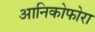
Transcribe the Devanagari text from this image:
आनिकोफोरा